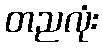
တညလုံး